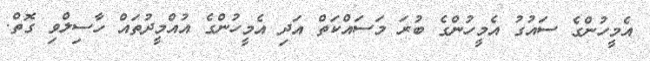
އެމީހުންގެ ސައުގު އެމީހުންގެ ބުރަ މަސައްކަތް އަދި އެމީހުންގެ އުއްމީދުތައް ހާސިލްވި ގޮތް.